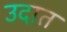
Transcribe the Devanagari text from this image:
उदात